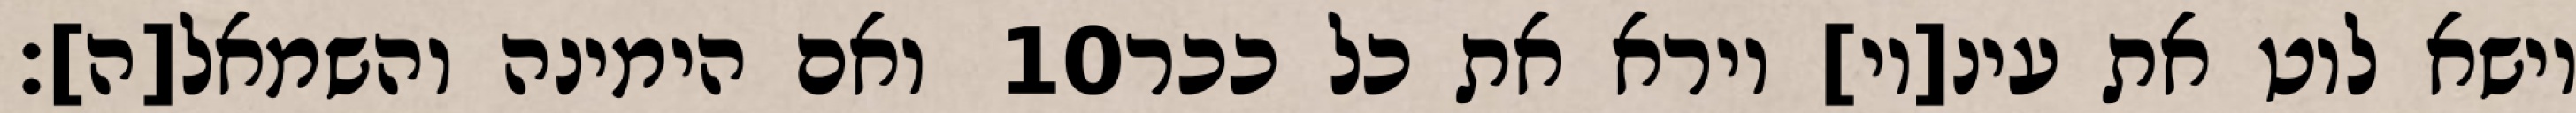
ואם הימינה והשמאל[ה]׃ ‎10‏ וישא לוט את עינ[יו] וירא את כל ככר